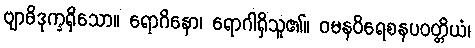
ဗျာဓိဒုက္ခရှိသော။ ရောဂိနော၊ ရောဂါရှိသူ၏။ ဝမနဝိရေစနပဝတ္တိယံ၊